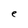
Character: e